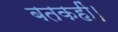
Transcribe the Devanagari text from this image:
बतकहीं।